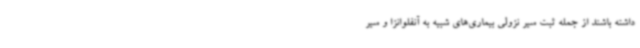
داشته باشند از جمله ثبت سیر نزولی بیماری‌های شبیه به آنفلوانزا و سیر